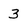
Character: 3